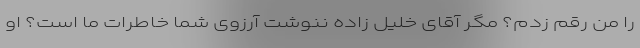
را من رقم زدم؟ مگر آقای خلیل زاده ننوشت آرزوی شما خاطرات ما است؟ او